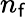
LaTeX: n_{\mathsf{f}}